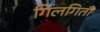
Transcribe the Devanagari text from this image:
गिलगिती